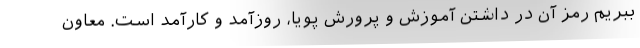
ببریم رمز آن در داشتن آموزش و پرورش پویا، روزآمد و کارآمد است. معاون